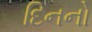
દિનનો